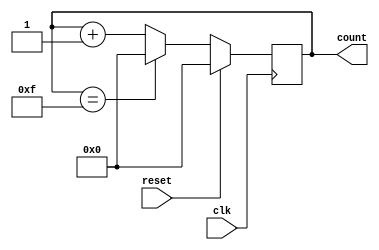
module Ring_counter (
    input wire clk, // Clock input
    input wire reset, // Reset input
    output reg [3:0] count // 4-bit counter output
);

reg [3:0] next_count;

always @(posedge clk) begin
    if (reset) begin
        count <= 4'b0000; // Initialize counter to 0
    end else begin
        count <= next_count;
    end
end

always @* begin
    next_count = count + 1;
    if (count == 4'b1111) begin
        next_count = 4'b0000; // Wrap-around
    end
end

endmodule